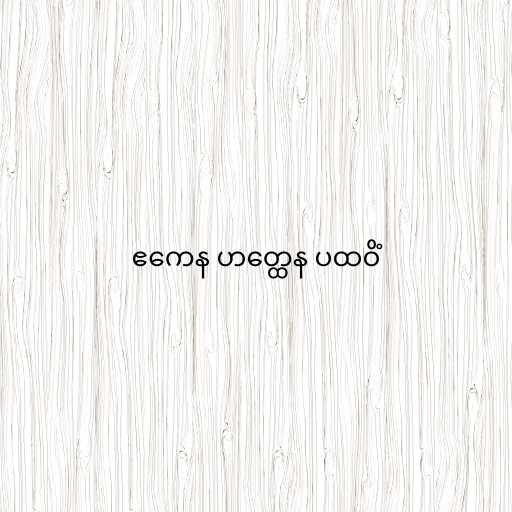
ဧကေန ဟတ္ထေန ပထဝိံ